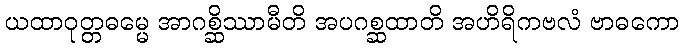
ယထာဝုတ္တဓမ္မေ အာဂစ္ဆိဿာမီတိ အပဂစ္ဆထာတိ အဟိရိကဗလံ ဗာဓကော